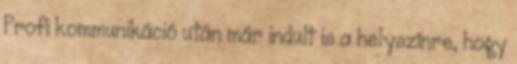
Profi kommunikáció után már indult is a helyszínre, hogy